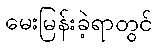
မေးမြန်းခဲ့ရာတွင်